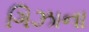
ગિઝાના